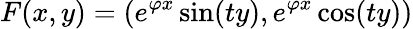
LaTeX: F(x,y)=(e^{\varphi x}\sin(ty),e^{\varphi x}\cos(ty))